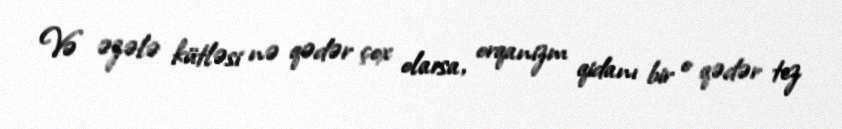
Və əzələ kütləsi nə qədər çox olarsa, orqanizm qidanı bir o qədər tez